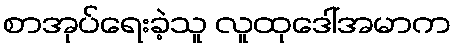
စာအုပ်ရေးခဲ့သူ လူထုဒေါ်အမာက